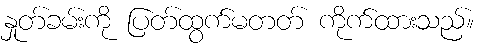
နှုတ်ခမ်းကို ပြတ်ထွက်မတတ် ကိုက်ထားသည်။